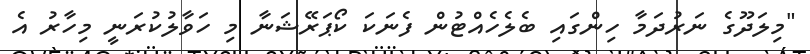
"މިލަދޫގެ ނަރުދަމާ ހިންގައި ބެލެހެއްޓުން ފެނަކަ ކޯޕަރޭޝަނާ މި ހަވާލުކުރަނީ މިހާރު އެ